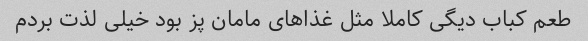
طعم کباب دیگی کاملا مثل غذاهای مامان پز بود خیلی لذت بردم